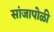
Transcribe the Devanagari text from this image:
सांजापोळी